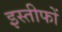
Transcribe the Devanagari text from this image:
इस्तीफों